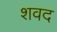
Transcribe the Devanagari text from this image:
शवद